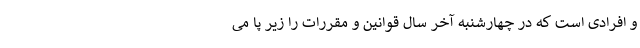
و افرادی است که در چهارشنبه آخر سال قوانین و مقررات را زیر پا می‌